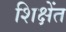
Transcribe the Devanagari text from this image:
शिक्षेंत